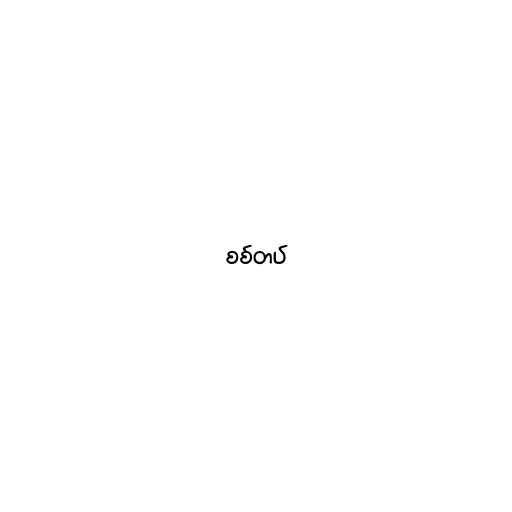
စစ်တပ်